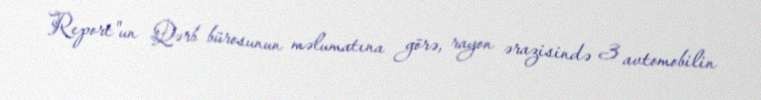
Report"un Qərb bürosunun məlumatına görə, rayon ərazisində 3 avtomobilin